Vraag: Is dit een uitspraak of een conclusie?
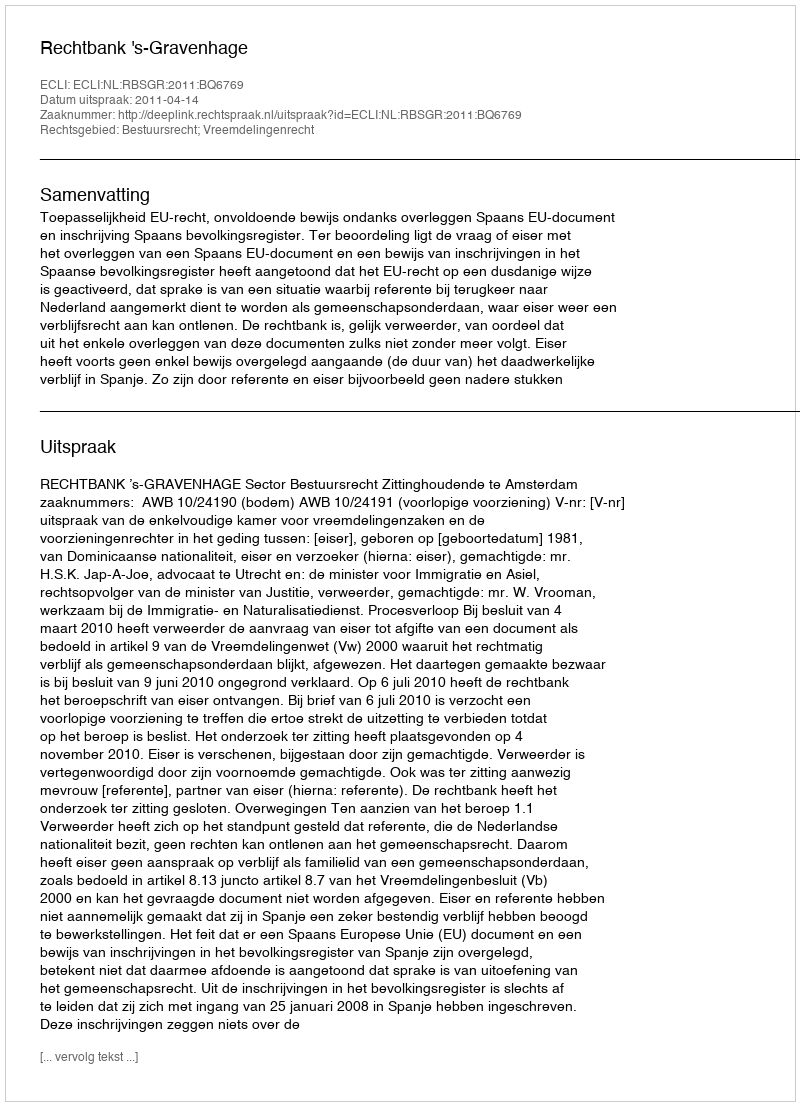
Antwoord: Uitspraak